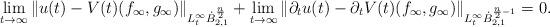
LaTeX: \begin{align*}\lim_{t\to \infty}\|u(t)-V(t)(f_\infty,g_\infty)\|_{L^\infty_t \dot{B}^{\frac{n}{2}}_{2, 1}} +\lim_{t\to \infty}\|\partial_t u(t)-\partial_t V(t)(f_\infty,g_\infty)\|_{L^\infty_t \dot{B}^{\frac{n}{2}-1}_{2, 1}}=0.\end{align*}